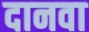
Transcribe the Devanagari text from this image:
दानवा